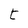
Character: t